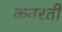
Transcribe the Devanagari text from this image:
कतरती